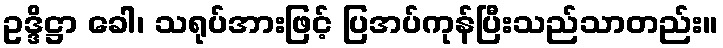
ဥဒ္ဒိဋ္ဌာ ခေါ၊ သရုပ်အားဖြင့် ပြအပ်ကုန်ပြီးသည်သာတည်း။